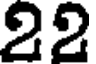
22